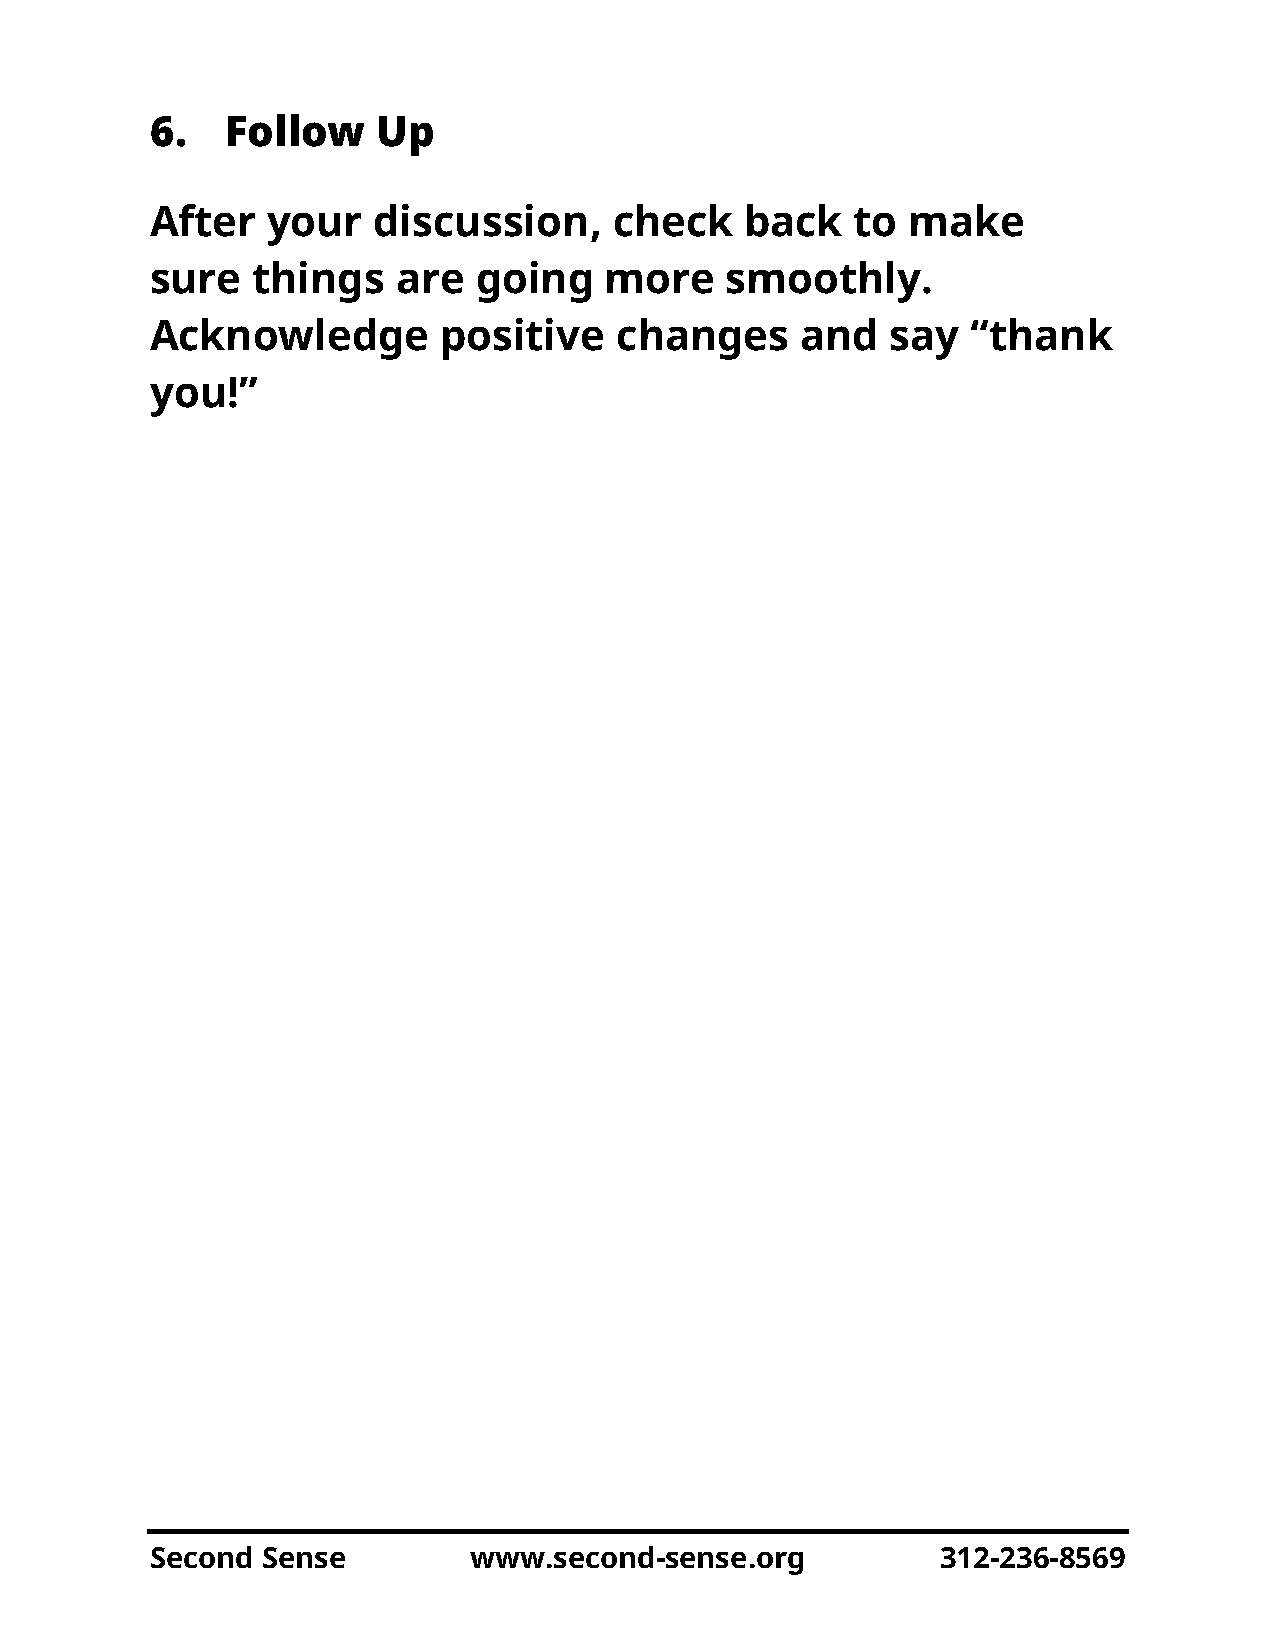
6.   Follow    Up
 After   your   discussion,     check   back    to make
 sure   things   are   going   more    smoothly.
 Acknowledge        positive    changes     and   say  “thank
 you!”
 Second Sense         www.second-sense.org           312-236-8569